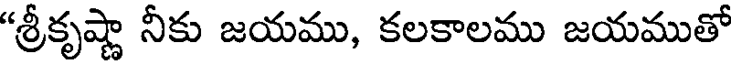
"శ్రీకృష్ణా నీకు జయము, కలకాలము జయముతో